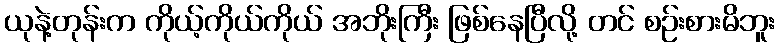
ယုနဲ့တုန်းက ကိုယ့်ကိုယ်ကိုယ် အဘိုးကြီး ဖြစ်နေပြီလို့ တင် စဉ်းစားမိဘူး